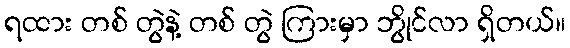
ရထား တစ် တွဲနဲ့ တစ် တွဲ ကြားမှာ ဘွိုင်လာ ရှိတယ်။